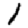
Digit: 1